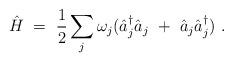
LaTeX: \begin{align*}\hat{H}\ =\ \frac 12 \sum_{j}\omega_{j}(\hat{a}^{\dag}_j\hat{a}_j\ +\ \hat{a}_j\hat{a}^{\dag}_j)\ .\end{align*}